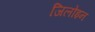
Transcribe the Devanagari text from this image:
जिलोइन